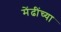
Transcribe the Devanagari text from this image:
मेंढींच्या